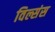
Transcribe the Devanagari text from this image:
विल्संस